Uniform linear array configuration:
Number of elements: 32
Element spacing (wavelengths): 0.25
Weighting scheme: uniform
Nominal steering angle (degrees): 0
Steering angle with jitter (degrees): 1.077
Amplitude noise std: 0.05
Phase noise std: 0.05

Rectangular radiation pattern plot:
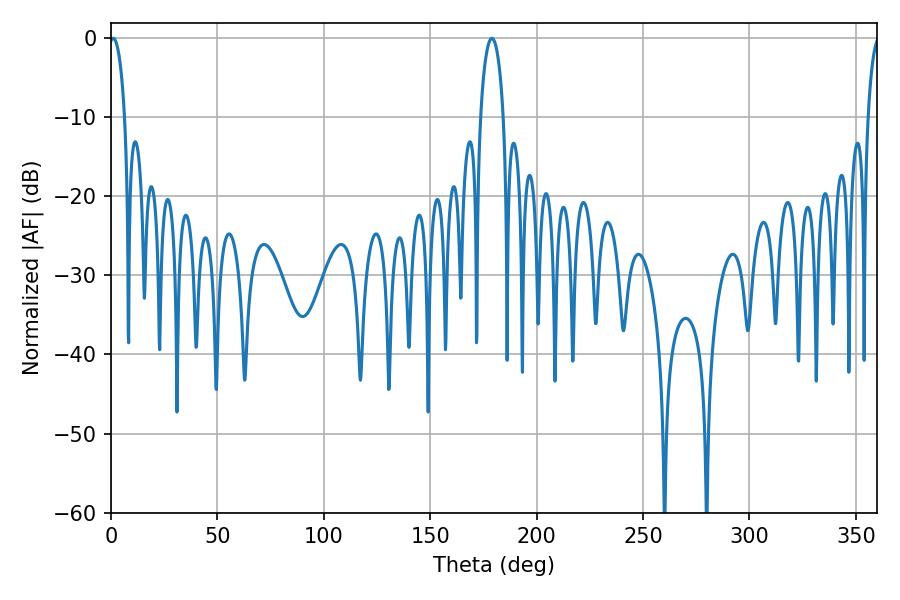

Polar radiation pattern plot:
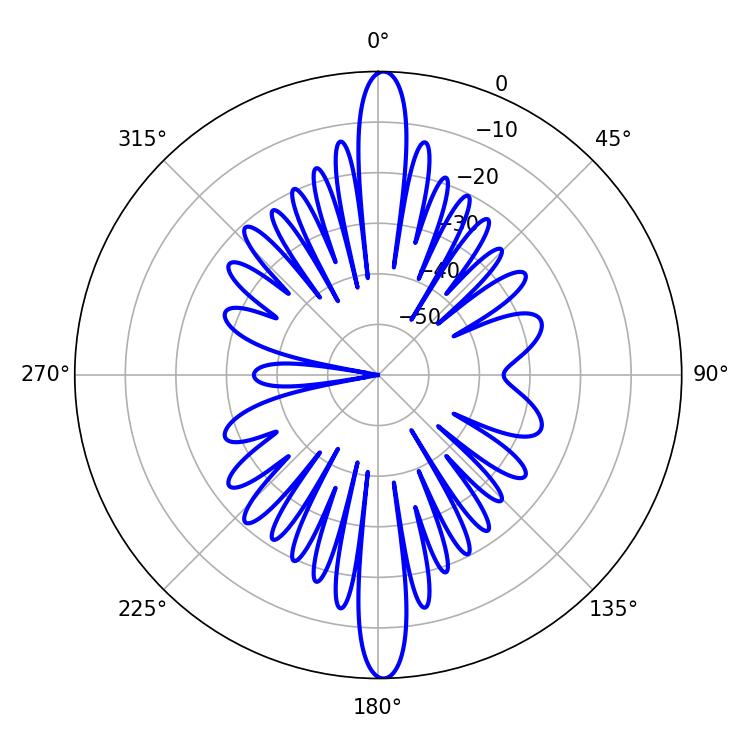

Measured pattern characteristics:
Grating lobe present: FALSE
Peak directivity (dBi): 27.346
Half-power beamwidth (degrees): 6.12
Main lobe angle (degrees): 178.92